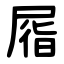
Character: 㞛